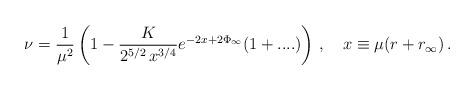
LaTeX: \begin{align*}\nu = \frac{1}{\mu^2}\left(1 -\frac{K}{2^{5/2}\, x^{3/4}} e^{-2x + 2\Phi_{\infty}}(1+....) \right)\,,\quad x \equiv \mu (r + r_\infty)\,.\end{align*}